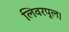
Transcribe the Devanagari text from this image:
लिवरपूल।